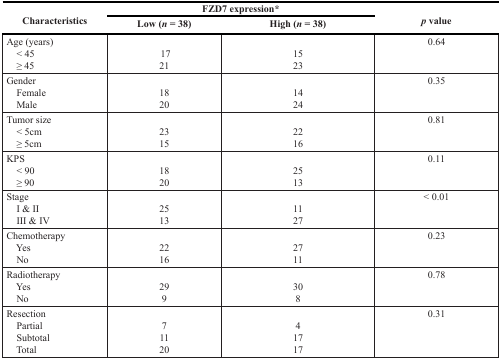
<table><thead><tr><td rowspan="2"><b>Characteristics</b></td><td colspan="2"><b>FZD7 expression*</b></td><td rowspan="2"><b><i>p</i> value</b></td></tr><tr><td><b>Low (<i>n</i> =38)</b></td><td><b>High (<i>n</i> = 38)</b></td></tr></thead><tbody><tr><td>Age (years)</td><td></td><td></td><td>0.64</td></tr><tr><td> &lt; 45</td><td>17</td><td>15</td><td></td></tr><tr><td> ≥ 45</td><td>21</td><td>23</td><td></td></tr><tr><td>Gender</td><td></td><td></td><td>0.35</td></tr><tr><td> Female</td><td>18</td><td>14</td><td></td></tr><tr><td> Male</td><td>20</td><td>24</td><td></td></tr><tr><td>Tumor size</td><td></td><td></td><td>0.81</td></tr><tr><td> &lt; 5cm</td><td>23</td><td>22</td><td></td></tr><tr><td> ≥ 5cm</td><td>15</td><td>16</td><td></td></tr><tr><td>KPS</td><td></td><td></td><td>0.11</td></tr><tr><td> &lt; 90</td><td>18</td><td>25</td><td></td></tr><tr><td> ≥ 90</td><td>20</td><td>13</td><td></td></tr><tr><td>Stage</td><td></td><td></td><td>&lt; 0.01</td></tr><tr><td> I &amp; II</td><td>25</td><td>11</td><td></td></tr><tr><td> III &amp; IV</td><td>13</td><td>27</td><td></td></tr><tr><td>Chemotherapy</td><td></td><td></td><td>0.23</td></tr><tr><td> Yes</td><td>22</td><td>27</td><td></td></tr><tr><td> No</td><td>16</td><td>11</td><td></td></tr><tr><td>Radiotherapy</td><td></td><td></td><td>0.78</td></tr><tr><td> Yes</td><td>29</td><td>30</td><td></td></tr><tr><td> No</td><td>9</td><td>8</td><td></td></tr><tr><td>Resection</td><td></td><td></td><td>0.31</td></tr><tr><td> Partial</td><td>7</td><td>4</td><td></td></tr><tr><td> Subtotal</td><td>11</td><td>17</td><td></td></tr><tr><td> Total</td><td>20</td><td>17</td><td></td></tr></tbody></table>